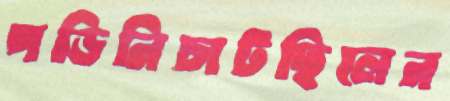
পড়িনিচাটছিলেন